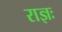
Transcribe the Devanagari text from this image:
राज्ञः